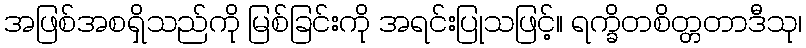
အဖြစ်အစရှိသည်ကို မြစ်ခြင်းကို အရင်းပြုသဖြင့်။ ရက္ခိတစိတ္တတာဒီသု၊